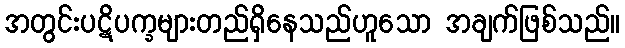
အတွင်းပဋိပက္ခများတည်ရှိနေသည်ဟူသော အချက်ဖြစ်သည်။